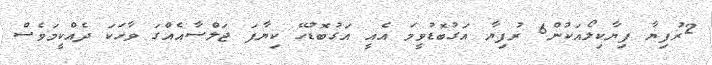
2ރުފިޔާ ފިޔާކިލޯއަކުން6 ރުފިޔާ އަގުބޮޑުވީމަ އެއީ އަގުބޮޑުހޭ ކިޔާފަ ޖަލްސާއެއްގަ ވާހަކަ ދެއްކީމަވެސް